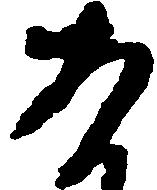
あ